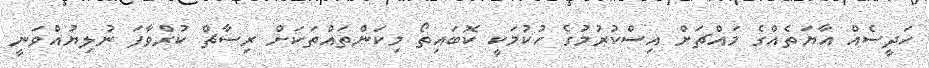
ހަދީސެއް އާޔަތެއްގެ މައްޗަށް އިސްކުރުމުގެ ހުކުމަކީ ކޮބައިތޯ މިކަންތައްތަކަށް ރިސާޗް ކުރެްވާފަ ނުލިޔުއްވަނީ